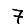
Digit: 7